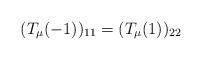
LaTeX: \begin{align*}(T_\mu(-1))_{11} = (T_\mu(1))_{22}\end{align*}